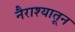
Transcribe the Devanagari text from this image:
नैराश्यातून